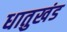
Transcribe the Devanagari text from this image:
धातुखंड